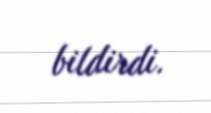
bildirdi.